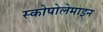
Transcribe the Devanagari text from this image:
स्कोपोलेमाइन